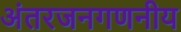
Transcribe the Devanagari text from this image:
अंतरजनगणनीय